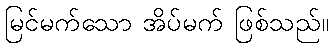
မြင်မက်သော အိပ်မက် ဖြစ်သည်။